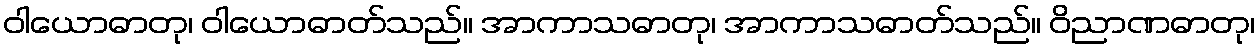
ဝါယောဓာတု၊ ဝါယောဓာတ်သည်။ အာကာသဓာတု၊ အာကာသဓာတ်သည်။ ဝိညာဏဓာတု၊